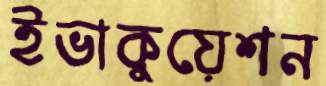
ইভাকুয়েশন